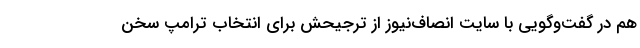
هم در گفت‌وگویی با سایت انصاف‌نیوز از ترجیحش برای انتخاب ترامپ سخن